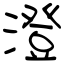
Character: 澄